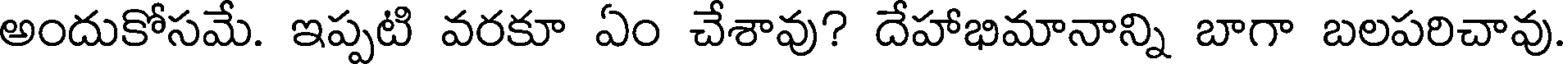
అందుకోసమే. ఇప్పటి వరకూ ఏం చేశావు? దేహాభిమానాన్ని బాగా బలపరిచావు